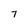
Character: 7